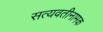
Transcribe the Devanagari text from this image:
सत्यवतीनामक